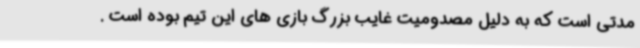
مدتی است که به دلیل مصدومیت غایب بزرگ بازی های این تیم بوده است .